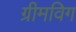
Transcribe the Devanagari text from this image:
ग्रीमविग